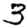
Digit: 3